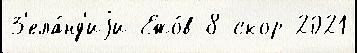
З'ела́нд'иjи Ежо́в 8-скор 2021